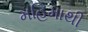
મહિમાથી